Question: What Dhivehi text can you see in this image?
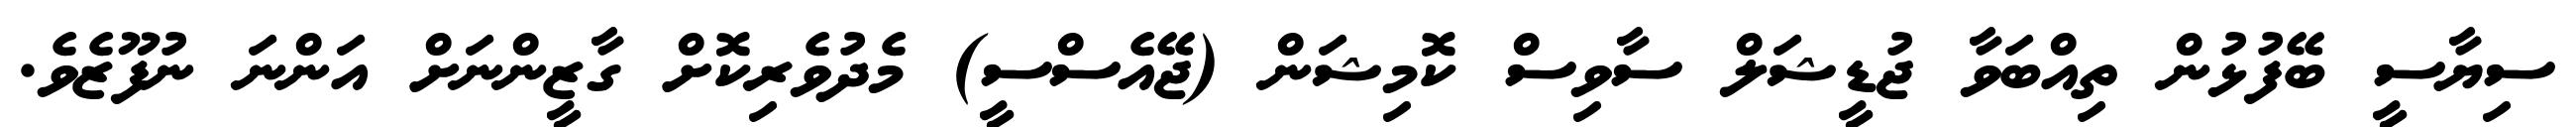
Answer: ސިޔާސީ ބޭފުޅުން ތިއްބަވާ ޖުޑީޝަލް ސާވިސް ކޮމިޝަން (ޖޭއެސްސީ) މެދުވެރިކޮށް ގާޒީންނަށް އަންނަ ނުފޫޒެވެ.